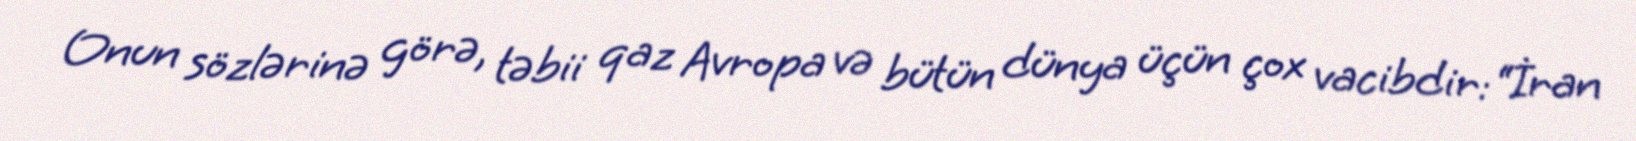
Onun sözlərinə görə, təbii qaz Avropa və bütün dünya üçün çox vacibdir: “İran